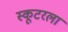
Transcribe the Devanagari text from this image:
स्कूटरला